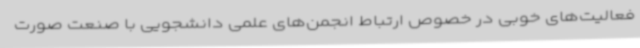
فعالیت‌های خوبی در خصوص ارتباط انجمن‌های علمی دانشجویی با صنعت صورت